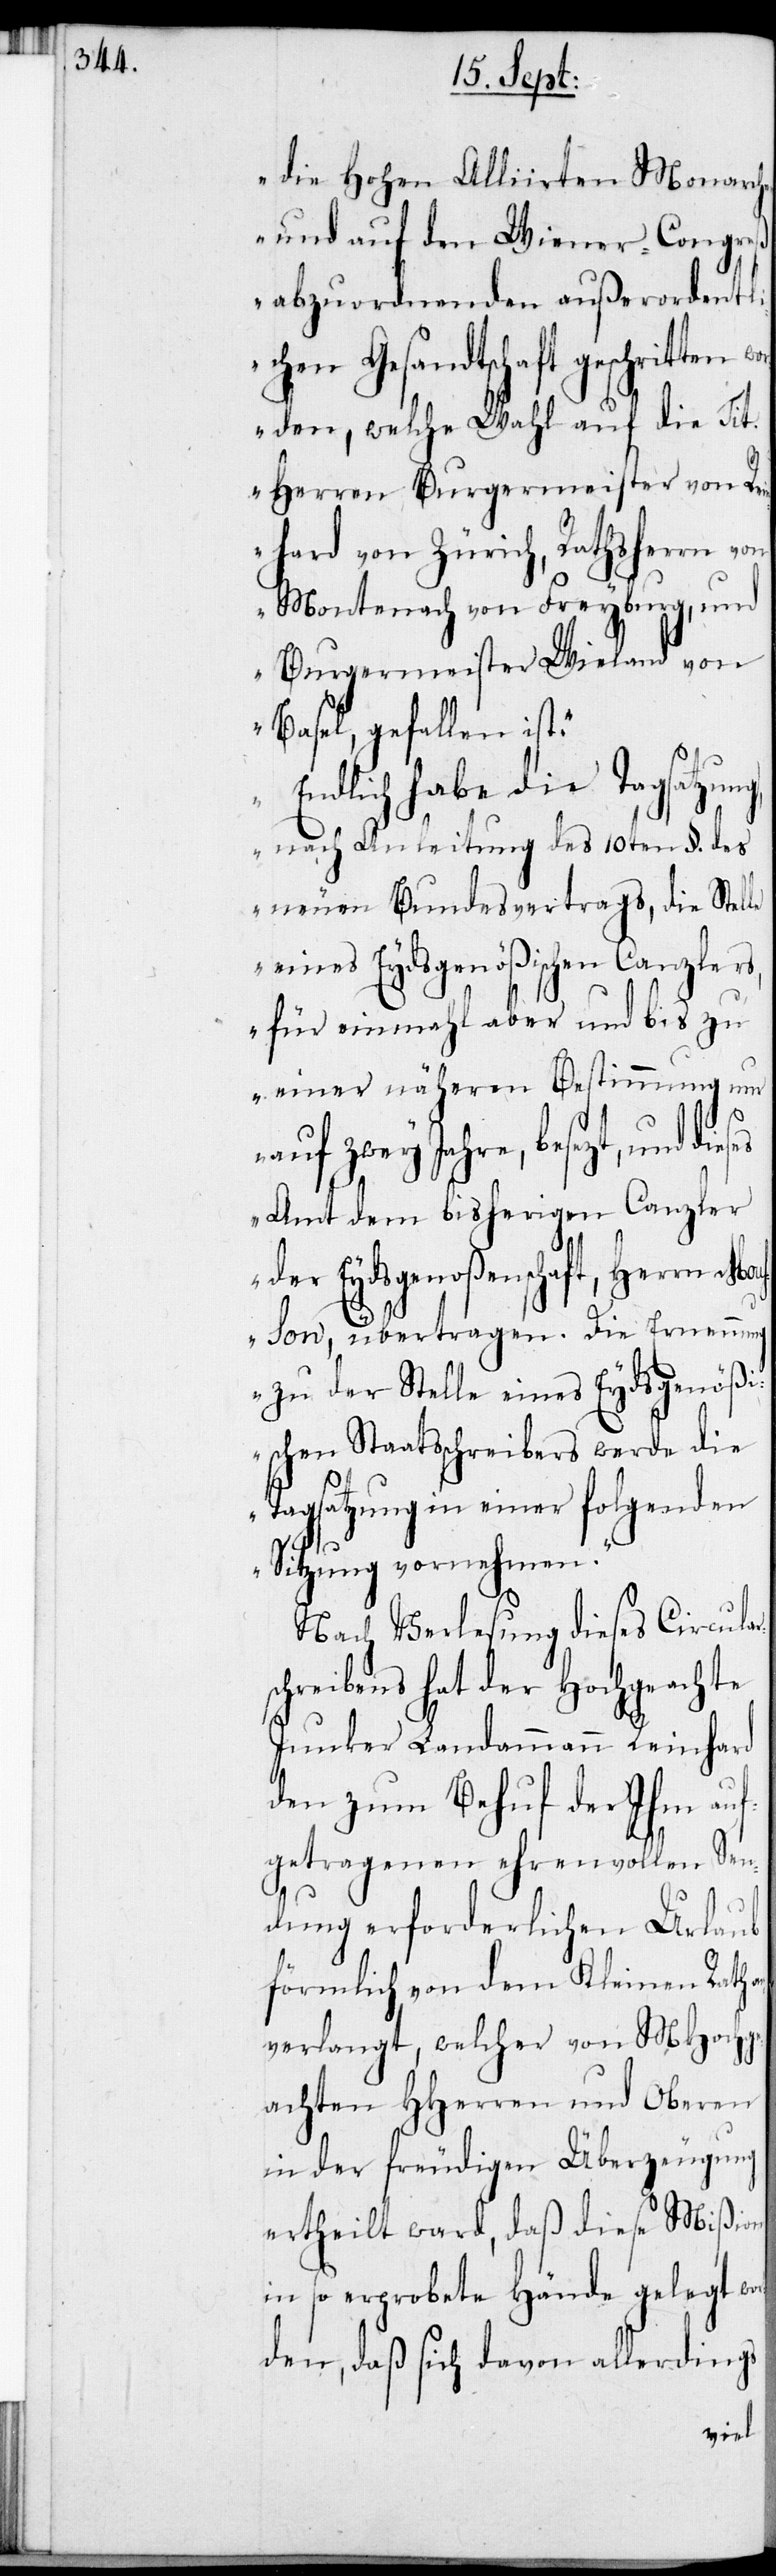
die Hohen Alliierten Monarch¬
en und auf den Wiener-Congreß
abzuordnenden außerordentli¬
chen Gesandtschaft geschritten
worden, welche Wahl auf die Tit.
Herren Burgermeister von R¬
einhard von Zürich, Rathsherrn von
Montenach von Freyburg, und
Burgermeister Wieland von
Basel, gefallen ist.
Endlich habe die Tagsatzung,
nach Anleitung des 10ten §. des
neuen Bundesvertrags, die Stel¬
eines Eydsgenößischen Canzlers,
für einmahl aber und bis zu
einer näheren Bestimmung nur
rs¬
auf zwey Jahre, besezt, und
Amt dem bisherigen Canzler
der Eydsgenoßenschaft, Herrn
Mousson, übertragen. Die Ernennung
zu der Stelle eines Eydsgenößi¬
schen Staatsschreibers werde die
Tagsatzung in einer folgenden
Sitzung vornehmen.“
Nach Verlesung dieses Circula¬
chreibens hat der Hochgeachte
Junker Landammann Reinhard
den zum Behuf der Ihm auf¬
getragenen ehrenvollen Sen¬
dung erforderlichen Urlaub
förmlich von dem Kleinen Rath a¬
nverlangt, welcher von MHochge¬
achten HHerren und Oberen
in der freudigen Überzeugung
ertheilt ward, daß diese Mißiven
in so erprobete Hände gelegt wo¬
rden, daß sich davon allerdings